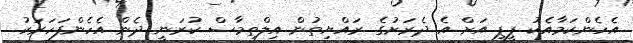
އެހެންކަމާއެކު ޕީޕީ އަށް އެ ދެރަށުގެ ރައްޔިތުން އިލްތިމާސް ކުރަނީ ދެން އެހެންފަހަރަކު